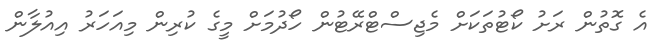
އެ ގޮތުން ރަށު ކޯޓުތަކަށް މެޖިސްޓްރޭޓުން ހޯދުމަށް މީގެ ކުރިން މިއަހަރު އިއުލާން